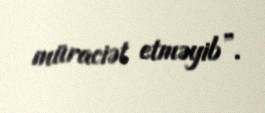
müraciət etməyib”.